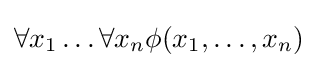
\forall x_{1}\dots \forall x_{n}\phi (x_{1},\dots ,x_{n})